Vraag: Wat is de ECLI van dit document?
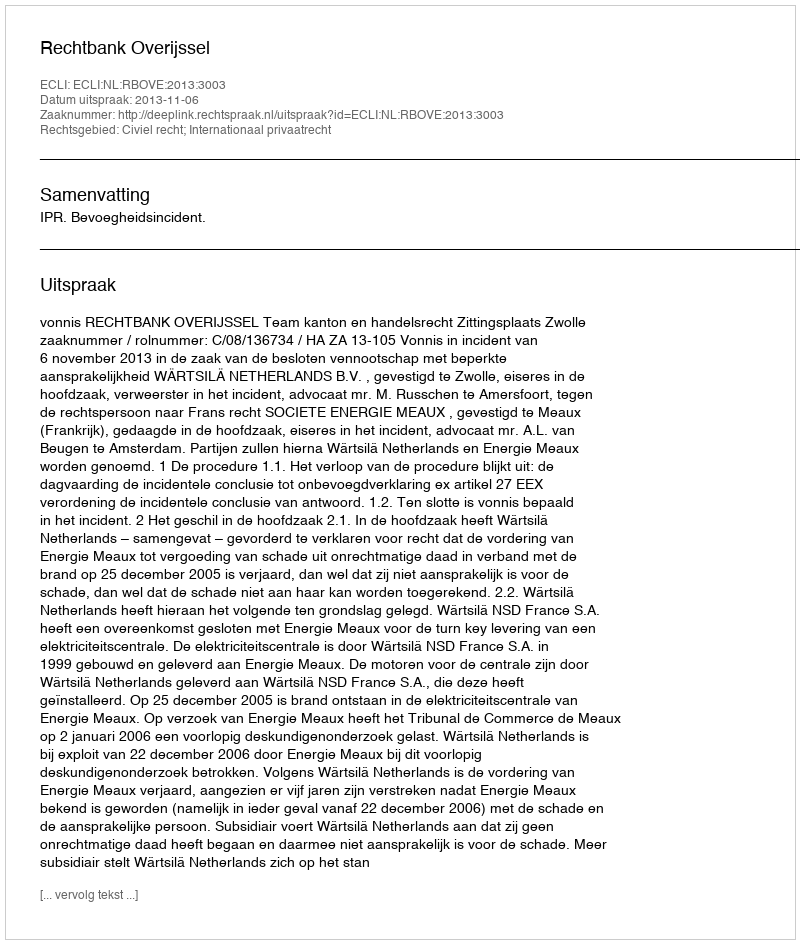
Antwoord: ECLI:NL:RBOVE:2013:3003